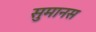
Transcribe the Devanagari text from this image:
सुमानस